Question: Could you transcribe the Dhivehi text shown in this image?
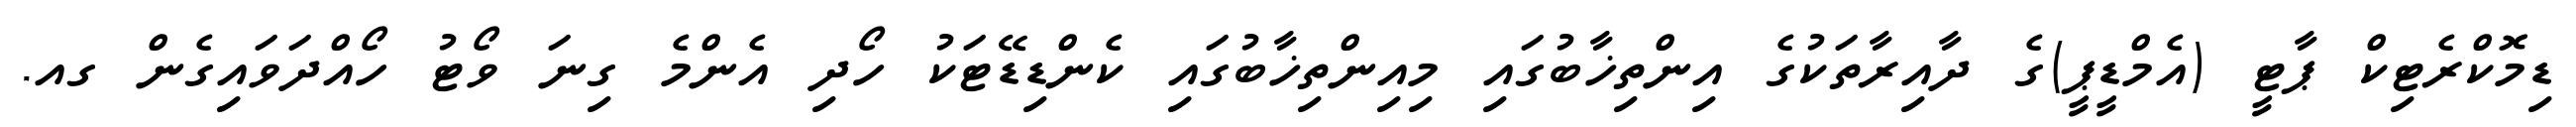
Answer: ޑިމޮކްރެޓިކް ޕާޓީ (އެމްޑީޕީ)ގެ ދާއިރާތަކުގެ އިންތިޚާބުގައި މިއިންތިޚާބުގައި ކެންޑިޑޭޓަކު ހޯދި އެންމެ ގިނަ ވޯޓު ހޯއްދަވައިގެން ގއ.